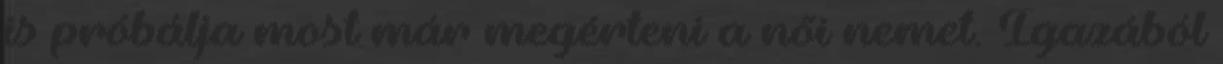
is próbálja most már megérteni a női nemet. Igazából